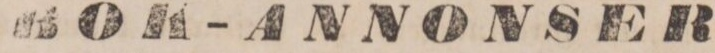
BOK-ANNONSER